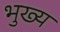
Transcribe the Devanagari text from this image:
भुख्य